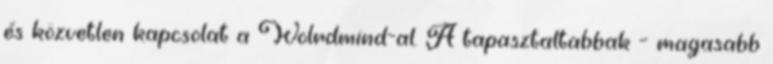
és közvetlen kapcsolat a Wolrdmind-al. A tapasztaltabbak – magasabb